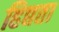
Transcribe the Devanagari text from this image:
हिद्यता